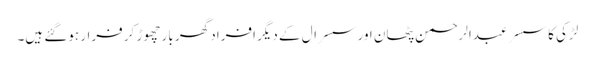
لڑکی کا سسر عبدالرحمن پٹھان اور سسرال کے دیگر افراد گھر بار چھوڑ کر فرار ہوگئے ہیں۔